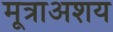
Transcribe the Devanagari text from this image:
मूत्राअशय